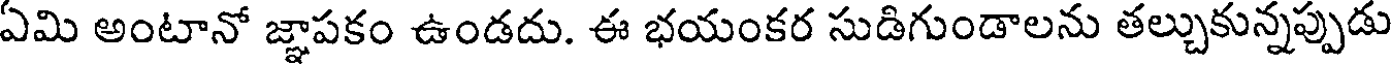
ఏమి అంటానో జ్ఞాపకం ఉండదు. ఈ భయంకర సుడిగుండాలను తల్చుకున్నప్పుడు